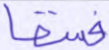
فسقا